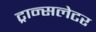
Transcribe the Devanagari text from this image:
ट्रान्सलेटर